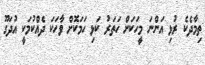
ތިމާދެކެ ރުޅި އަންނަ މީހަކަށް ހަތަރު ކަޅި ހަމަކޮށް ވާހަކަ ދެއްކުމަކީ އުދަގޫ